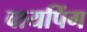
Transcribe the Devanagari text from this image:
वायपिंग